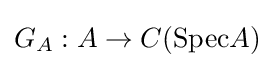
G_{A}:A\to C({\text{Spec}}A)